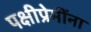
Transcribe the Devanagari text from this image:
पक्षीप्रेमींना